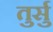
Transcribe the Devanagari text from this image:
तुर्सु